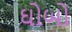
ઘોબો